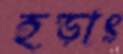
হড়াৎ